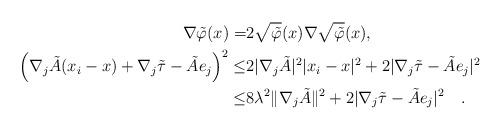
LaTeX: \begin{align*}\nabla \tilde{\varphi}(x)=&2 \sqrt{\tilde{\varphi}}(x)\nabla\sqrt{\tilde{\varphi}}(x) ,\\\left(\nabla_j\tilde{A}(x_i-x)+\nabla_j\tilde{\tau}-\tilde{A}e_j\right)^2\le& 2|\nabla_j\tilde{A}|^2|x_i-x|^2+2|\nabla_j\tilde{\tau}-\tilde{A}e_j|^2\\\le& 8\lambda^2\|\nabla_j\tilde{A}\|^2+2|\nabla_j\tilde{\tau}-\tilde{A}e_j|^2 \quad.\end{align*}